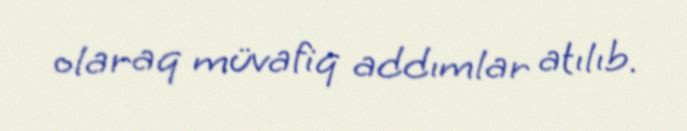
olaraq müvafiq addımlar atılıb.